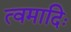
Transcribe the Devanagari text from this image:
त्वमादिः